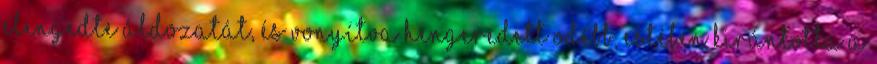
elengedte áldozatát, és vonyítva hengeredett odébb, estében kirántotta a